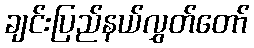
ချင်းပြည်နယ်လွှတ်တော်